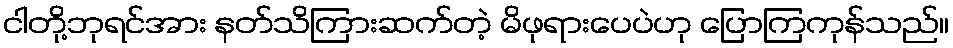
ငါတို့ဘုရင်အား နတ်သိကြားဆက်တဲ့ မိဖုရားပေပဲဟု ပြောကြကုန်သည်။